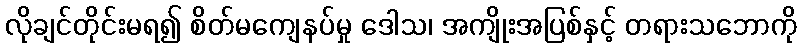
လိုချင်တိုင်းမရ၍ စိတ်မကျေနပ်မှု ဒေါသ၊ အကျိုးအပြစ်နှင့် တရားသဘောကို